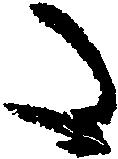
た